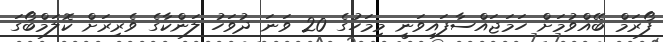
ފޯރަމް ބޭއްވުމަށް ހަމަޖައްސާފައިވަނީ މިމަހުގެ 20 ވަނަ ދުވަހު ލަންކާގެ ވެރިރަށް ކޮލަމްބޯގަ